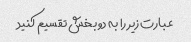
عبارت زیر را به دو بخش تقسیم کنید